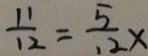
\frac { 1 1 } { 1 2 } = \frac { 5 } { 1 2 } x